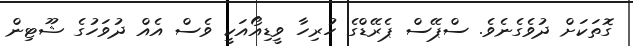
ގޮތަކަށް ދުވެގެނެވެ. ސްޕޭސް ޕެރޭޑްގެ ހުރިހާ ވީޑިއޯއަކީ ވެސް އެއް ދުވަހުގެ ޝޫޓިން